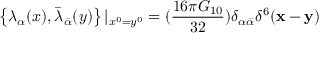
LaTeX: \left\{ \lambda _ { \alpha } ( x ) , \bar { \lambda } _ { \bar { \alpha } } ( y ) \right\} | _ { x ^ { 0 } = y ^ { 0 } } = ( \frac { 1 6 \pi G _ { 1 0 } } { 3 2 } ) \delta _ { \alpha \bar { \alpha } } \delta ^ { 6 } ( { \bf x } - { \bf y } )